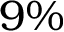
9 \%